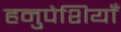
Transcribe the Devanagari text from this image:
हनुपेशियाँ